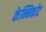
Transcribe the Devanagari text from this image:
केन्निकोट